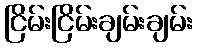
ငြိမ်းငြိမ်းချမ်းချမ်း